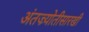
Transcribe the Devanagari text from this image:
अंतज्र्योतीसारखी